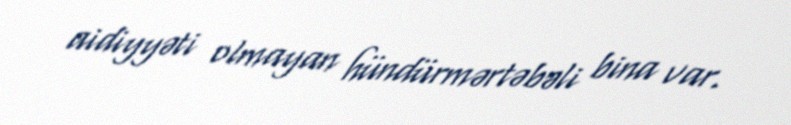
aidiyyəti olmayan hündürmərtəbəli bina var.